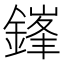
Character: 鎽